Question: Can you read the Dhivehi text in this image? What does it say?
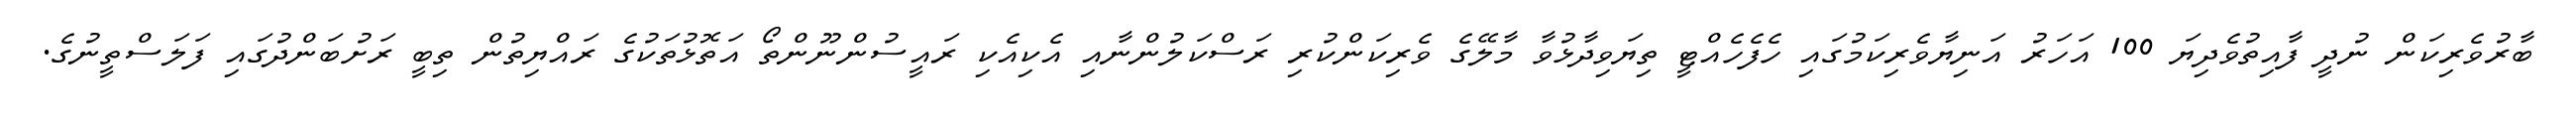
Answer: ބާރުވެރިކަން ނުދީ ފާއިތުވެދިޔަ 100 އަހަރު އަނިޔާވެރިކަމުގައި ހެފެހެއްޓީ ތިޔަވިދާޅުވާ މާލޭގެ ވެރިކަންކުރި ރަސްކަލުންނާއި އެކިއެކި ރައީސުންނޫންތޯ އަތޮޅުތަކުގެ ރައްޔިތުން ތިބީ ރަށުބަންދުގައި ފަލަސްތީނުގެ.